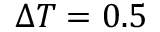
\Delta T = 0 . 5 \